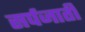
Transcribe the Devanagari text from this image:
सर्पजाती